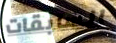
السابقات